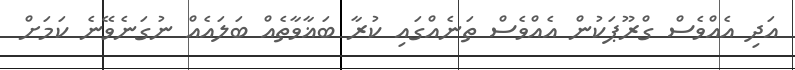
އަދި އެއްވެސް ގްރޫޕަކުން އެއްވެސް ތަނެއްގައި ކުރާ ބަޣާވާތެއް ބަލައެއް ނުގަނެވޭނެ ކަމަށް